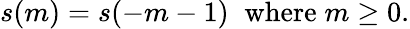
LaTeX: s(m)=s(-m-1)\; \; \mathrm{where}\; m\geq 0.